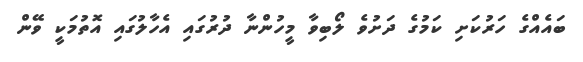
ބައެއްގެ ހަރުކަށި ކަމުގެ ދަށުވެ ލޯބިވާ މީހުންނާ ދުރުގައި އެހާލުގައި އޮތުމަކީ ވޭން